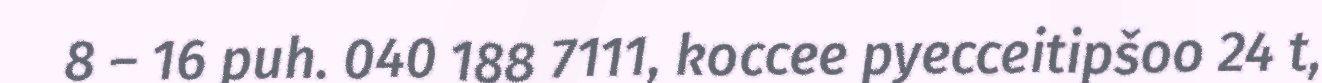
8 – 16 puh. 040 188 7111, koccee pyecceitipšoo 24 t,